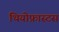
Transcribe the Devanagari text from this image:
थियोफ्रास्टस